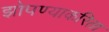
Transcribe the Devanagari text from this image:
झोपण्याकरिता